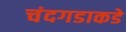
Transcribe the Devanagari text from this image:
चंदगडाकडे